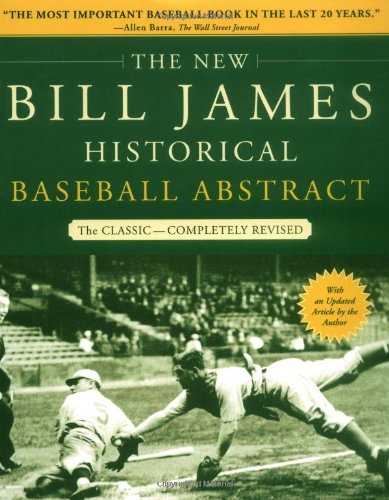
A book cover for The New Bill James Historical Baseball Abstract; Bill James; Sports & Outdoors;